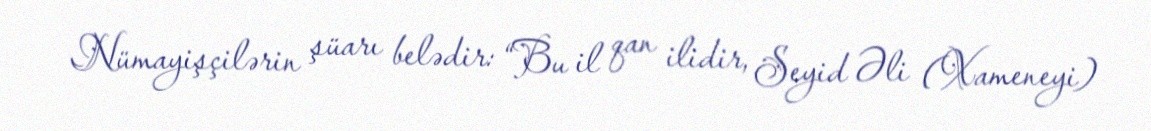
Nümayişçilərin şüarı belədir: “Bu il qan ilidir, Seyid Əli (Xameneyi)